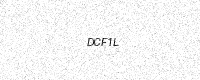
Text: DCF1L